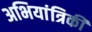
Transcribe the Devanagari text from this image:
अभियांत्रिकी